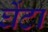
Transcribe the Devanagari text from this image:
घेंटा